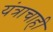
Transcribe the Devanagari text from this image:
यंत्राचाही